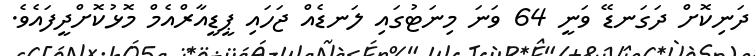
ދަނިކޮށް ދަގަނޑޭ ވަނީ 64 ވަނަ މިނަޓުގައި ލަނޑެއް ޖަހައި ޕީޑީއާރްއެމް މޮޅުކޮށްދީފައެވެ.